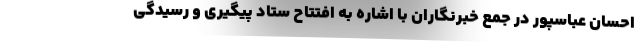
احسان عباسپور در جمع خبرنگاران با اشاره به افتتاح ستاد پیگیری و رسیدگی